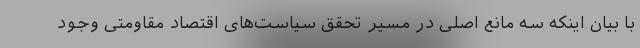
با بیان اینکه سه مانع اصلی در مسیر تحقق سیاست‌های اقتصاد مقاومتی وجود